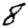
Digit: 8